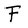
Character: F